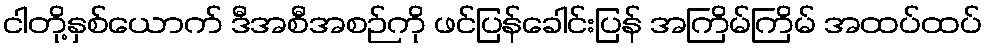
ငါတို့နှစ်ယောက် ဒီအစီအစဉ်ကို ဖင်ပြန်ခေါင်းပြန် အကြိမ်ကြိမ် အထပ်ထပ်